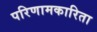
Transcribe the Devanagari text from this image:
परिणामकारिता